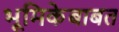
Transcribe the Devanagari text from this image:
भूमिकेबाबत